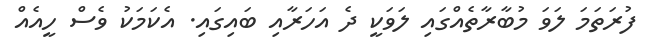
ފުރަތަމަ ލަވަ މުބާރާތެއްގައި ލަވަކީ ދެ އަހަރާއި ބައިގައި. އެކަމަކު ވެސް ހީއެއް